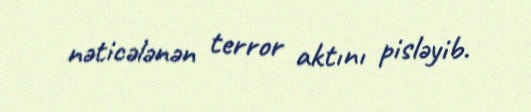
nəticələnən terror aktını pisləyib.